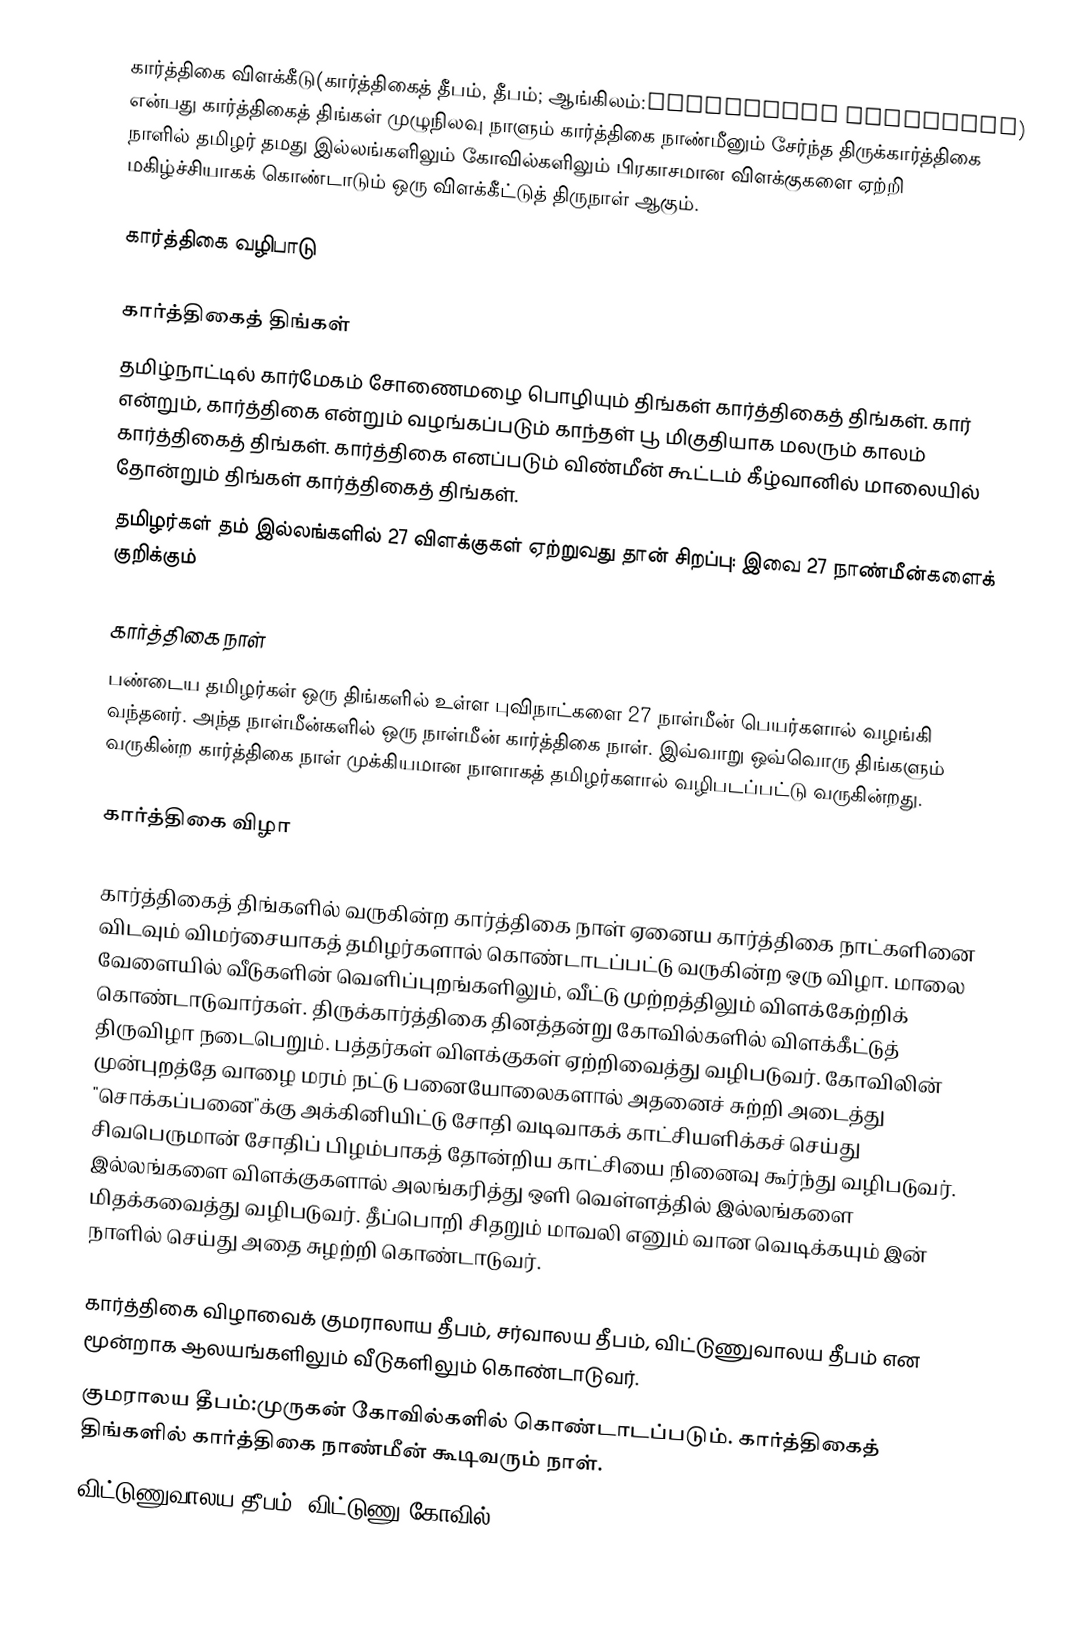
கார்த்திகை விளக்கீடு(கார்த்திகைத் தீபம், தீபம்; ஆங்கிலம்:Kārtthigai Vilakkēdu) என்பது கார்த்திகைத் திங்கள் முழுநிலவு நாளும் கார்த்திகை நாண்மீனும் சேர்ந்த திருக்கார்த்திகை நாளில் தமிழர் தமது இல்லங்களிலும் கோவில்களிலும் பிரகாசமான விளக்குகளை ஏற்றி மகிழ்ச்சியாகக் கொண்டாடும் ஒரு விளக்கீட்டுத் திருநாள் ஆகும்.

கார்த்திகை வழிபாடு

கார்த்திகைத் திங்கள்
தமிழ்நாட்டில் கார்மேகம் சோணைமழை பொழியும் திங்கள் கார்த்திகைத் திங்கள். கார் என்றும், கார்த்திகை என்றும் வழங்கப்படும் காந்தள் பூ மிகுதியாக மலரும் காலம் கார்த்திகைத் திங்கள். கார்த்திகை எனப்படும் விண்மீன் கூட்டம் கீழ்வானில் மாலையில் தோன்றும் திங்கள் கார்த்திகைத் திங்கள்.
தமிழர்கள் தம் இல்லங்களில் 27 விளக்குகள் ஏற்றுவது தான் சிறப்பு: இவை 27 நாண்மீன்களைக் குறிக்கும்

கார்த்திகை நாள்
பண்டைய தமிழர்கள் ஒரு திங்களில் உள்ள புவிநாட்களை 27 நாள்மீன் பெயர்களால் வழங்கி வந்தனர். அந்த நாள்மீன்களில் ஒரு நாள்மீன் கார்த்திகை நாள். இவ்வாறு ஒவ்வொரு திங்களும் வருகின்ற கார்த்திகை நாள் முக்கியமான நாளாகத் தமிழர்களால் வழிபடப்பட்டு வருகின்றது.

கார்த்திகை விழா

கார்த்திகைத் திங்களில் வருகின்ற கார்த்திகை நாள் ஏனைய கார்த்திகை நாட்களினை விடவும் விமர்சையாகத் தமிழர்களால் கொண்டாடப்பட்டு வருகின்ற ஒரு விழா. மாலை வேளையில் வீடுகளின் வெளிப்புறங்களிலும், வீட்டு முற்றத்திலும் விளக்கேற்றிக் கொண்டாடுவார்கள். திருக்கார்த்திகை தினத்தன்று கோவில்களில் விளக்கீட்டுத் திருவிழா நடைபெறும். பத்தர்கள் விளக்குகள் ஏற்றிவைத்து வழிபடுவர். கோவிலின் முன்புறத்தே வாழை மரம் நட்டு பனையோலைகளால் அதனைச் சுற்றி அடைத்து "சொக்கப்பனை"க்கு அக்கினியிட்டு சோதி வடிவாகக் காட்சியளிக்கச் செய்து சிவபெருமான் சோதிப் பிழம்பாகத் தோன்றிய காட்சியை நினைவு கூர்ந்து வழிபடுவர். இல்லங்களை விளக்குகளால் அலங்கரித்து ஒளி வெள்ளத்தில் இல்லங்களை மிதக்கவைத்து வழிபடுவர். தீப்பொறி சிதறும் மாவலி எனும் வான வெடிக்கயும் இன் நாளில் செய்து அதை சுழற்றி கொண்டாடுவர்.

கார்த்திகை விழாவைக் குமராலாய தீபம், சர்வாலய தீபம், விட்டுணுவாலய தீபம் என மூன்றாக ஆலயங்களிலும் வீடுகளிலும் கொண்டாடுவர்.
குமராலய தீபம்:முருகன் கோவில்களில் கொண்டாடப்படும். கார்த்திகைத் திங்களில் கார்த்திகை நாண்மீன் கூடிவரும் நாள்.
விட்டுணுவாலய தீபம்: விட்டுணு கோவில்